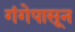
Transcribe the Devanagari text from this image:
गंगेपासून